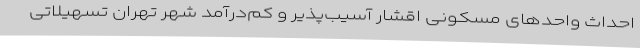
احداث واحدهای مسکونی اقشار آسیب‌پذیر و کم‌درآمد شهر تهران تسهیلاتی